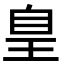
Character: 𦤃